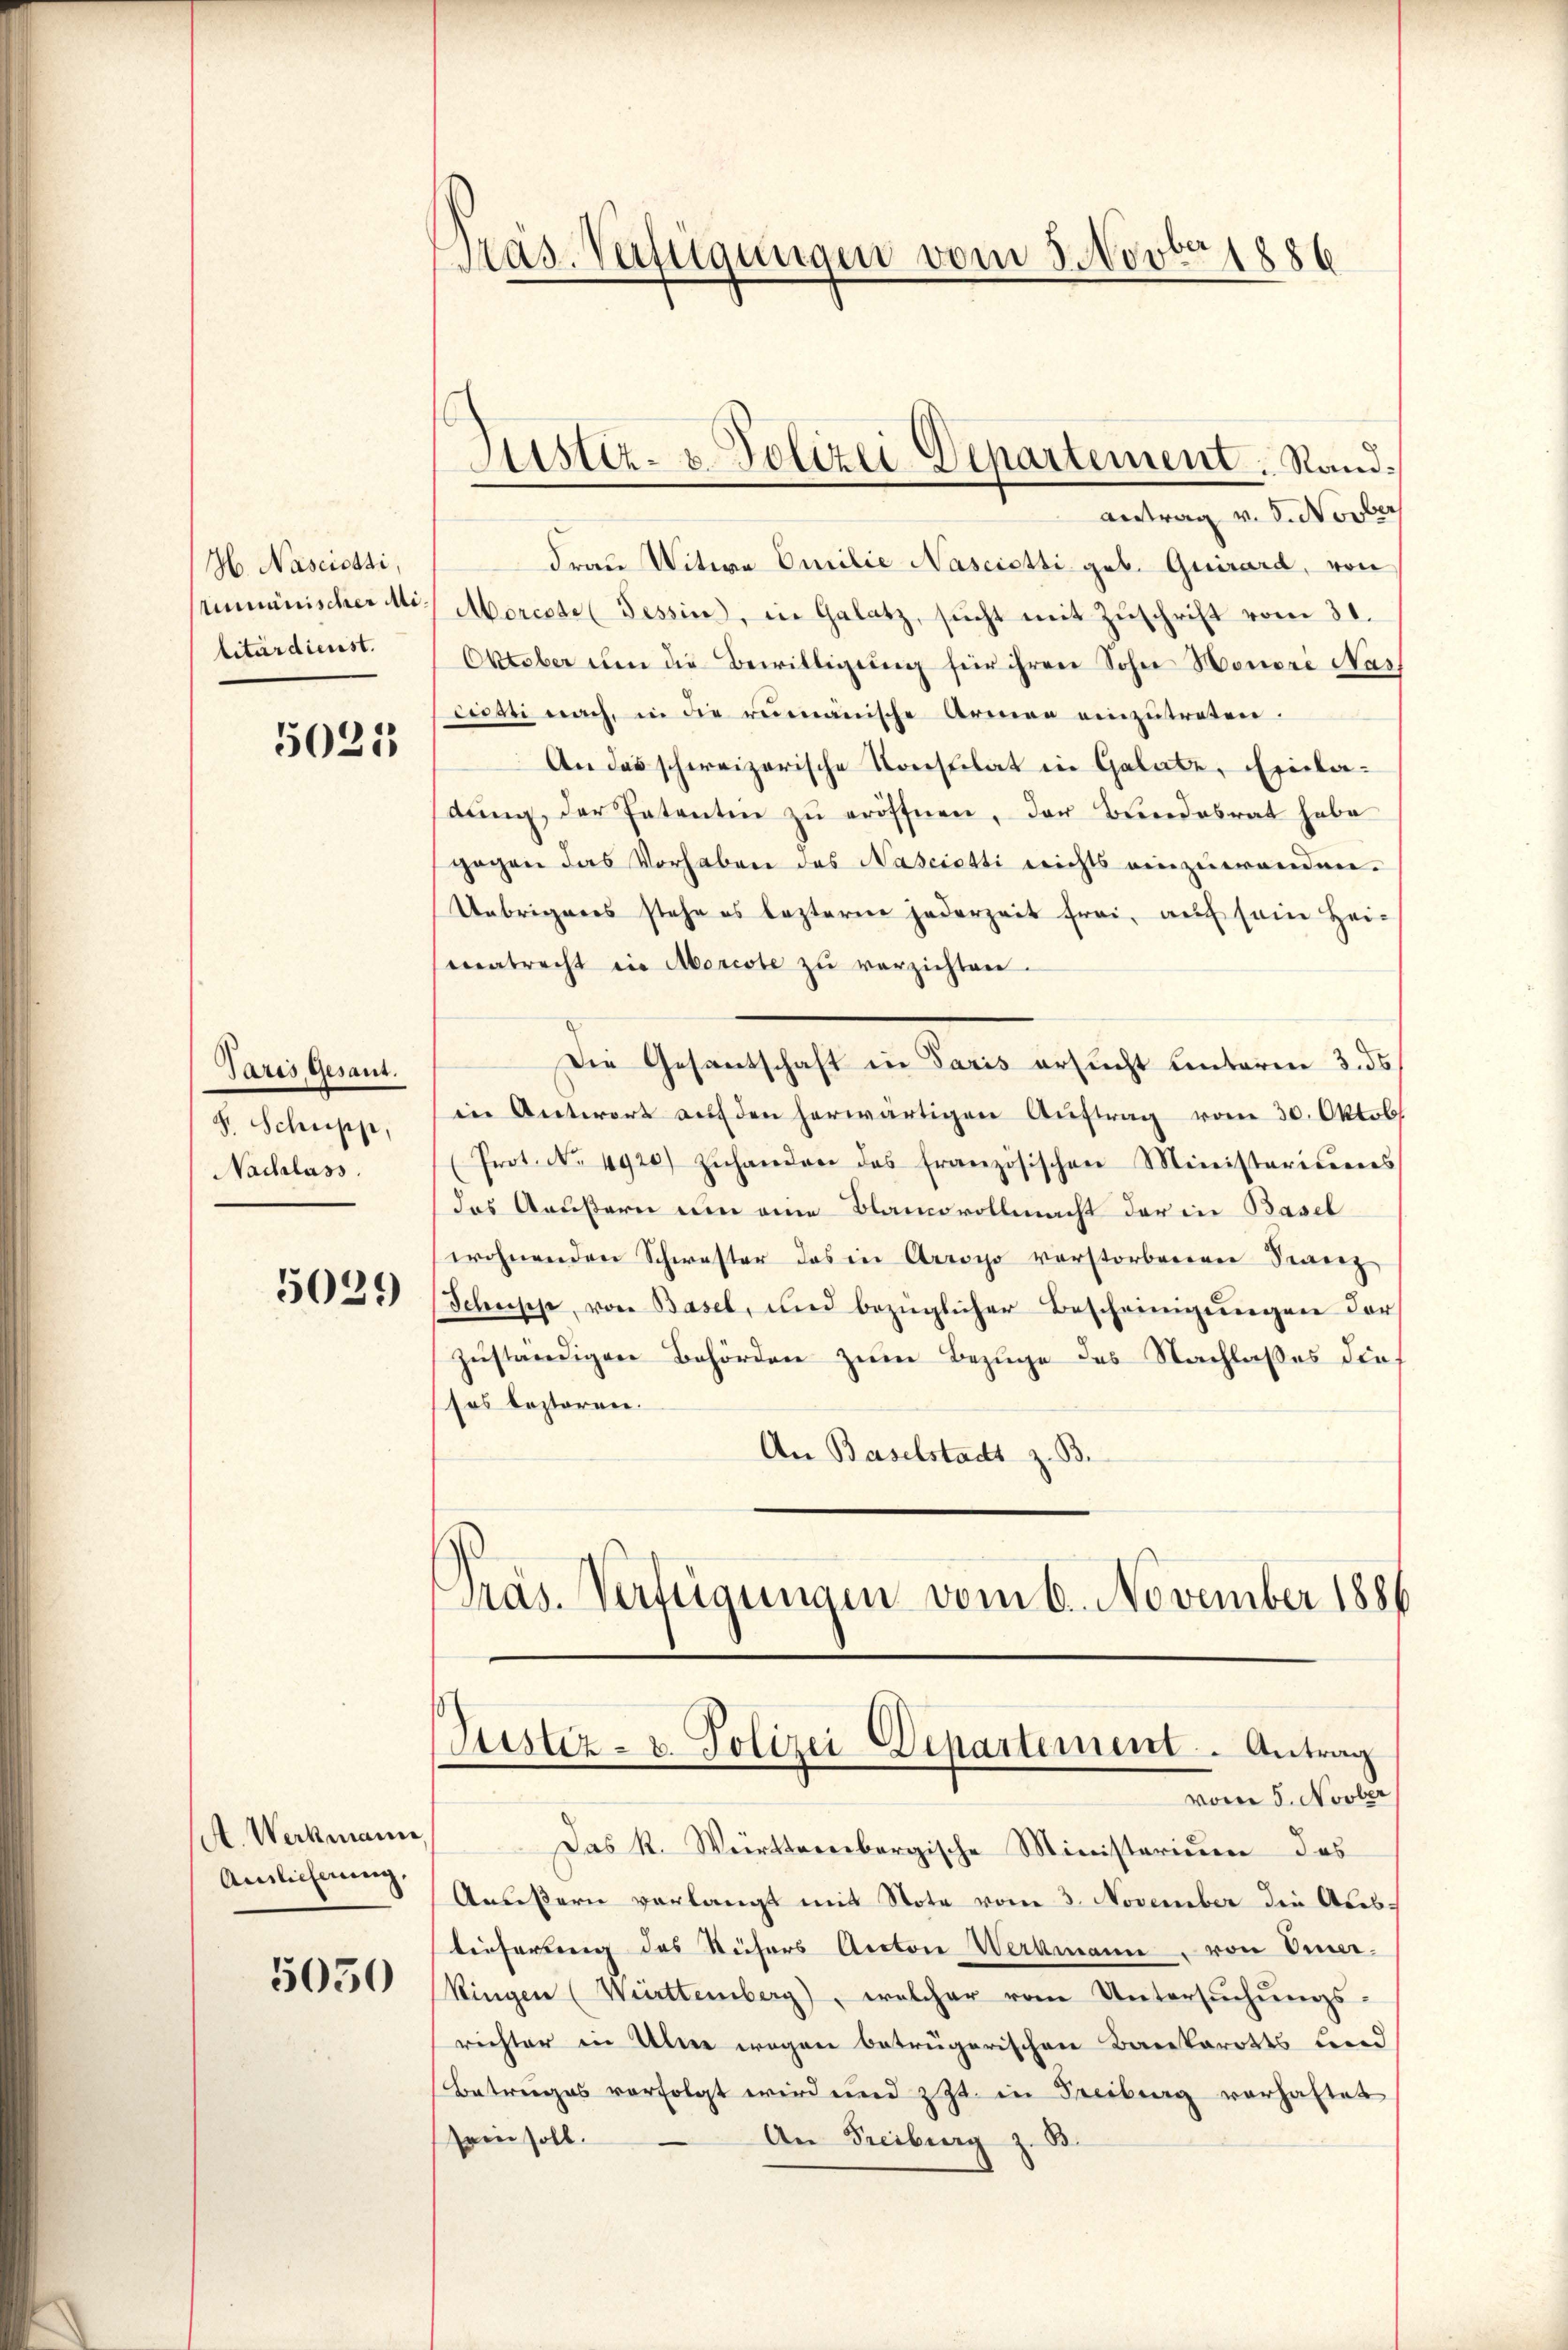
H. Nascisssi,
mminischer Mi
litärdienst.

5021

Paris Gesant.
S. Schupp,
Nachlass

5029

A. Werkmann,
Amlicherung.
5050

Mas-Verfügungen vom 5. Novbr. 1886

antrag v. 8. Novber
Frau Witwe Emilie Nascicti geb. Quirard, von
Morcste (Tessin, in Galatz, sŭcht mit Zŭschrift vom 31.
Oktober um die Bewilligung für ihren Sohn Honore Nar
cissti nach, in die rumänische Armen einzutreten.
An das schweizerische Konsulat in Gelate, Einladŭng der Patenten zŭ eröffnen, der Bundesrat habe
gegen das Vorhaben das Nasciotti nichts einzuwenden.
Uebrigenes stehe es lezteren jederzeit frei, auch sein Hei-
matrecht in Morcote zu verzichten.
Die Gesantschaft in Paris ersucht unterm 3. ds
in Antwort auf den herwärtigen Aŭftrag vom 30. Oktob
(Prot. No. 4920) zŭhander das französischen Ministeriums
das Aeußern um eine Blancovollmacht der in Basel
wohnenden Schwester das in Arroco verstorbereren Franz
Schusse, von Basel, und bezüglicher Bescheinigŭngen der
zuständigen Behörden zum Bezuge des Nachlaßes diesos bestören.
An Baselstadt z. B.
Pras. Verfügungen vom 6. November 1886

Astiz- & Polizei Departement. Rand:

Justiz- u. Polizei-Departement. ..  Antrag

vom 5. Novber
Das K. Württembergische Ministerium das
Anießern verlangt mit Note vom 3. November die Abestieferung des Rüchers Aectore Werkmann von Einer.
Ringen (Württemberg), welcher vom Untersŭchŭngs-
richter in Aline wegen betrügerischen Barekarotts bein
Betrages verfolgt wird und z. Zt. in Freiburg vorhaltet
sren soll.
An Freiburg z. B.